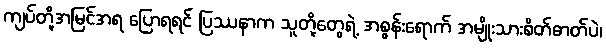
ကျပ်တို့အမြင်အရ ပြောရရင် ပြဿနာက သူတို့တွေရဲ့ အစွန်းရောက် အမျိုးသားစိတ်ဓာတ်ပဲ၊